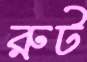
রুট